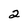
Character: 2